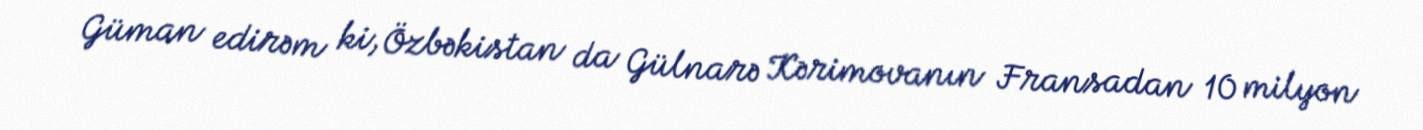
Güman edirəm ki, Özbəkistan da Gülnarə Kərimovanın Fransadan 10 milyon